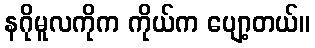
နဂိုမူလကိုက ကိုယ်က ပျော့တယ်။